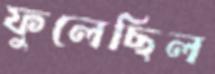
ফুলেছিল